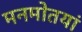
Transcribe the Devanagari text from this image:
मनमोतयां